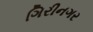
ગિરીનગર